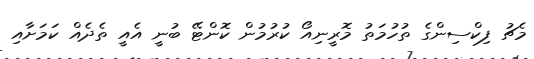
މެޗު ފިކްސިންގެ ތުހުމަތު މޮރީނިއޯ ކުރުމުން ކޮންޓޭ ބުނީ އެއީ ތެދެއް ކަމަށާއި